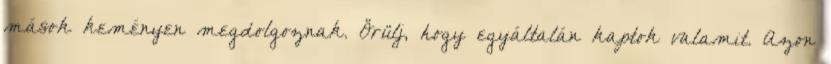
mások keményen megdolgoznak. Örülj, hogy egyáltalán kaptok valamit. Azon